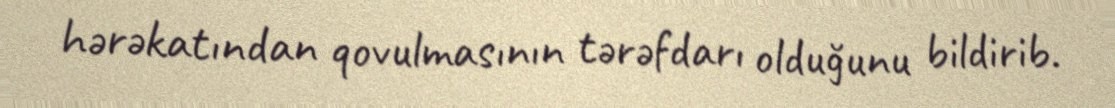
hərəkatından qovulmasının tərəfdarı olduğunu bildirib.